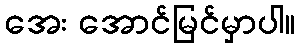
အေး အောင်မြင်မှာပါ။